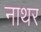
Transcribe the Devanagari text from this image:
नाथर